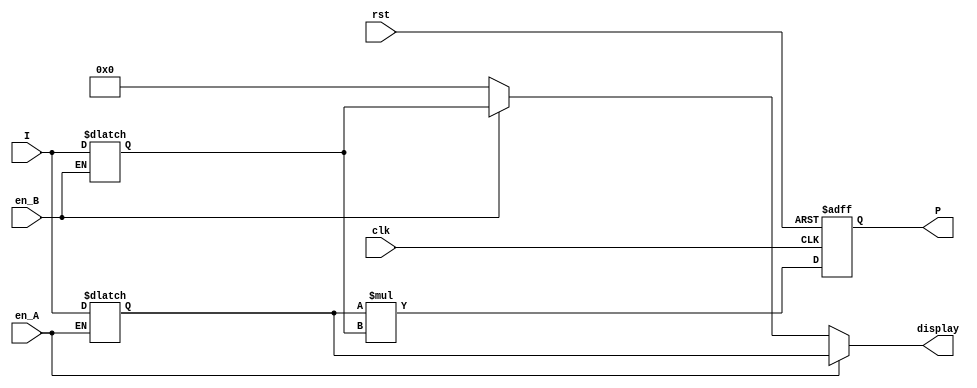
module multiplier_with_en (clk, rst, en_A, en_B, I, display, P);
    input clk, rst, en_A, en_B;
    input [7:0] I;
    output reg [7:0] display;
    output reg [15:0] P;

    reg [7:0] A, B;

    always @ (*) begin
        if(en_A) begin
            display = A;
        end
        else if(en_B) begin
            display = B;
        end
		  else begin
				display = 0;
		  end
    end

    always @(en_A, en_B, I) begin
        if (en_A) begin
            A = I;
        end
        if (en_B) begin
            B = I;
        end
    end
    always @(posedge clk, negedge rst) begin
        if (~rst) begin
            P <= 0;
        end
        else begin
            P <= A * B;
        end
    end
endmodule